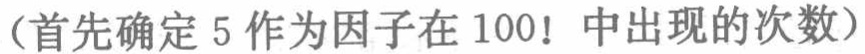
（首先确定 5 作为因子在 100! 中出现的次数）